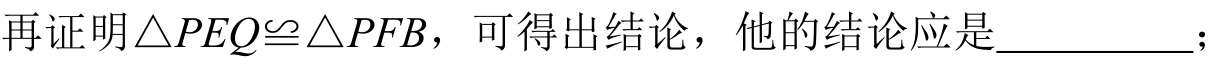
再证明\(\triangle PEQ\cong\triangle PFB\)，可得出结论，他的结论应是__________；